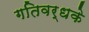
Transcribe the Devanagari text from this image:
गतिवर्धके